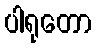
ပါရုတော